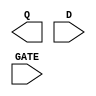
module sky130_fd_sc_hd__dlxtp (
    Q   ,
    D   ,
    GATE
);

    output Q   ;
    input  D   ;
    input  GATE;

    // Voltage supply signals
    supply1 VPWR;
    supply0 VGND;
    supply1 VPB ;
    supply0 VNB ;

endmodule